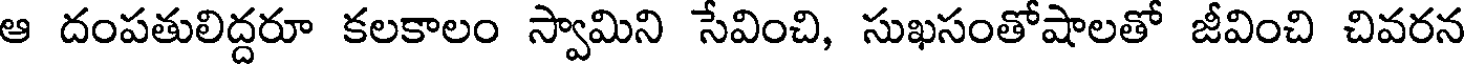
ఆ దంపతులిద్దరూ కలకాలం స్వామిని సేవించి, సుఖసంతోషాలతో జీవించి చివరన